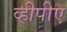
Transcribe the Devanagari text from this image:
व्हीपीए